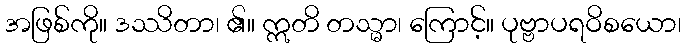
အဖြစ်ကို။ ဒဿိတာ၊ ၏။ ဣတိ တသ္မာ၊ ကြောင့်။ ပုဗ္ဗာပရဝိစယော၊